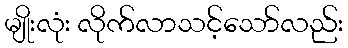
မျိုးလုံး လိုက်လာသင့်သော်လည်း